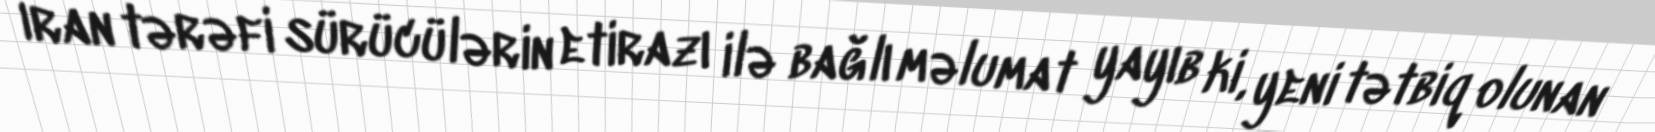
İran tərəfi sürücülərin etirazı ilə bağlı məlumat yayıb ki, yeni tətbiq olunan